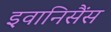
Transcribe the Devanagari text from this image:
इवानिसैंस